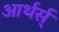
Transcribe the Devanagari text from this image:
आर्थर्स्